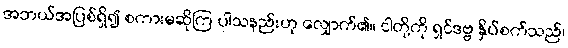
အဘယ်အပြစ်ရှိ၍ စကားမဆိုကြ ပါသနည်းဟု လျှောက်၏။ ငါတို့ကို ရှင်ဒဗ္ဗ နှိပ်စက်သည်၊